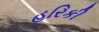
હરિકી